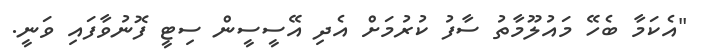
"އެކަމާ ބެހޭ މައުލޫމާތު ސާފު ކުރުމަށް އެދި އޭސީސީން ސިޓީ ފޮނުވާފައި ވަނީ.